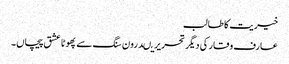
خیریت کا طالب
عارف وقار کی دیگر تحریریںدرون سنگ سے پھوٹا عشق پیچاں۔